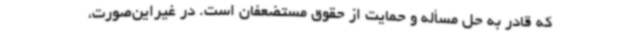
که قادر به حل مسأله و حمایت از حقوق مستضعفان است. در غیراین‌صورت،